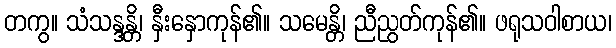
တကွ။ သံသန္ဒန္တိ၊ နှီးနှောကုန်၏။ သမေန္တိ၊ ညီညွတ်ကုန်၏။ ဖရုသဝါစာယ၊